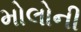
મોલોની